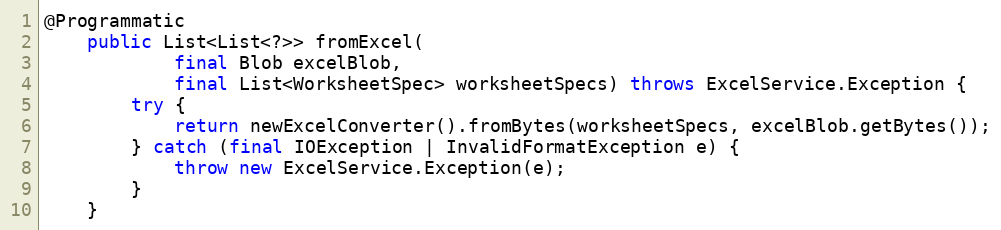
Language: Java
@Programmatic
    public List<List<?>> fromExcel(
            final Blob excelBlob,
            final List<WorksheetSpec> worksheetSpecs) throws ExcelService.Exception {
        try {
            return newExcelConverter().fromBytes(worksheetSpecs, excelBlob.getBytes());
        } catch (final IOException | InvalidFormatException e) {
            throw new ExcelService.Exception(e);
        }
    }